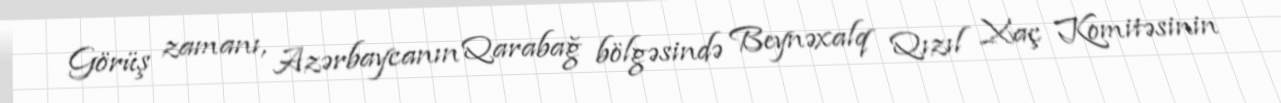
Görüş zamanı, Azərbaycanın Qarabağ bölgəsində Beynəxalq Qızıl Xaç Komitəsinin